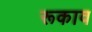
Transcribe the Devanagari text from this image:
रूकाव